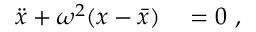
\begin{array} { r l } { \ddot { x } + \omega ^ { 2 } ( x - \bar { x } ) } & { { } = 0 \ , } \end{array}